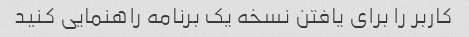
کاربر را برای یافتن نسخه یک برنامه راهنمایی کنید